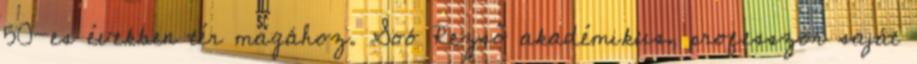
50-es években tér magához. Soó Rezső akadémikus, professzor saját